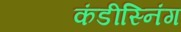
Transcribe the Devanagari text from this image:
कंडीस्निंग